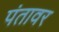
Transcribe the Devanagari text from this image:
पंतावर